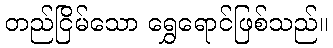
တည်ငြိမ်သော ရွှေရောင်ဖြစ်သည်။